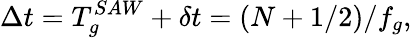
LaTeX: \Delta t=T_{g}^{SAW}+\delta t=(N+1/2)/f_{g},